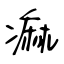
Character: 痲